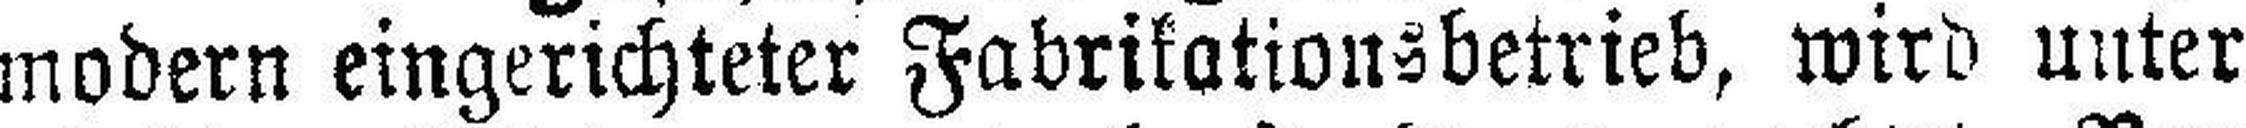
modern eingerichteter Fabrikationsbetrieb, wird unter